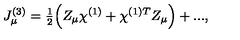
J _ { \mu } ^ { ( 3 ) } = { \textstyle \frac 1 2 } \Bigl ( Z _ { \mu } \chi ^ { ( 1 ) } + \chi ^ { ( 1 ) T } Z _ { \mu } \Bigr ) + . . . ,